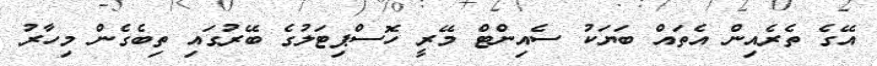
އޭގެ ތެރެއިން އެތައް ބަޔަކު ސެއިންޓް މޭރީ ހޮސްޕިޓަލުގެ ބޭރުގައި ތިބެގެން މިހާރު